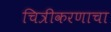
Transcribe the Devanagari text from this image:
चित्रीकरणाचा